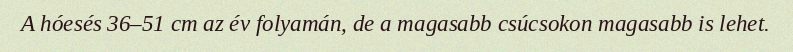
A hóesés 36–51 cm az év folyamán, de a magasabb csúcsokon magasabb is lehet.